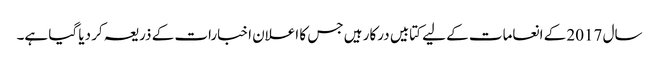
سال 2017 کے انعامات کے لیے کتابیں درکار ہیں جس کا اعلان اخبارات کے ذریعہ کر دیا گیا ہے۔